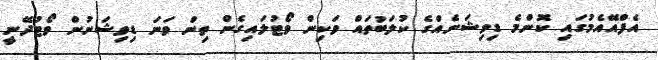
އެފްއޭއެމުގައި ކޮންމެ ޑިވިޝަނެއްގެ ކުލަބުތައް ވަކިން ވޯޓުލައިގެން ތިން ވަނަ ޑިވިޝަނުން ވޯޓުދޭނީ